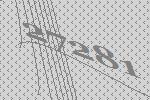
27281